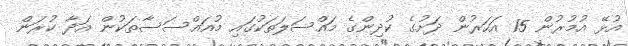
އުޅޭ އުމުރުން 15 އަހަރުން ދަށުގެ ކުދިންގެ މައްސަލަތަކުގައި މުއައްސަސާތަކުން އަދާ ކުރަން